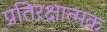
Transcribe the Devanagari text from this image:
प्रतिरक्षात्‍मक